画像に写った文字を読んでください
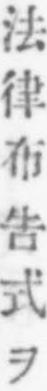
「法律布告式ヲ」と書いてあります